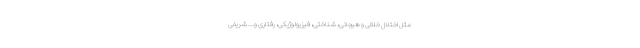
مثل اختلال خلقی و هیجانی، شناختی، فیزیولوژیکی، رفتاری و... شریفی